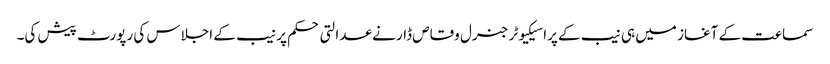
سماعت کے آغاز میں ہی نیب کے پراسیکیوٹر جنرل وقاص ڈار نے عدالتی حکم پر نیب کے اجلاس کی رپورٹ پیش کی۔